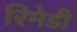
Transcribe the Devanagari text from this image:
रिमेडी